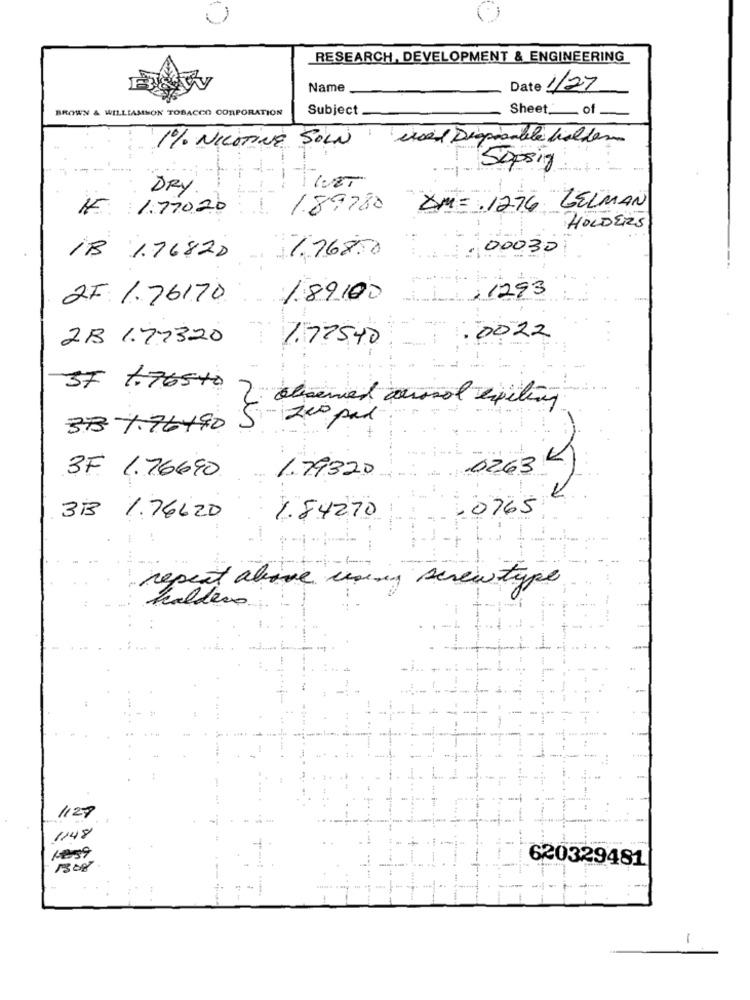
RESEARCH, DEVELOPMENT & ENGINEERING
Name
Date 1/27
BROWN & WILLIAMSON TOBACCO CORPORATION
Subject
Sheet. of
1% NICOTINE SOLN used Disposable fieldem
Sopsig
DRY
IF 1.770.20
189780
DM= . 1276 ZELMAN
HOLDERS
00030
1B 1.76820
.768.0
2F 1.76170
1.89.100
,1293
2B 1.77320
1.775.40
: 0022
37 1.76540
alicensed courssol spiting
33-476190
Nis
0263 4
3F 1.76690
1.79320
60765
3B 1. 76620
1.84270
repeat above using screwtype
Kaldero
-
..
..
1129
1148
1959
620329481
1308
- -